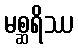
မစ္ဆရိဿ